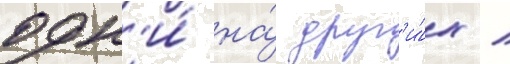
одн'и́ на́ друг'и́х /